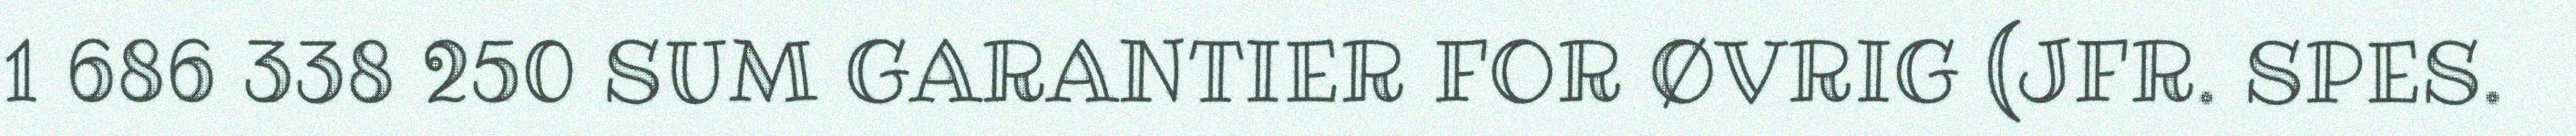
1 686 338 250 SUM GARANTIER FOR ØVRIG (JFR. SPES.